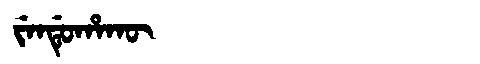
Manchu: ᠵᡝᠨᡩᡠᡥᠠᡴᡡ
Romanization: JENDUHAKŪ